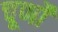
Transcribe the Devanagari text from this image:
चूर्णों